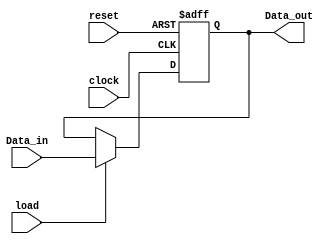
module Par_load_reg4 (Data_out, Data_in, load, clock, reset);
  input 		[3: 0] 	Data_in;
  input 			load, clock, reset;
  output 	[3: 0] 	Data_out;		// Port size
  reg 	[3: 0]  	Data_out;		// Data type //10-12-2004

  always @  (posedge reset or posedge clock)
    begin
      if (reset == 1'b1) 		Data_out <= 4'b0;
      else if (load == 1'b1) 	Data_out <= Data_in;
    end
endmodule